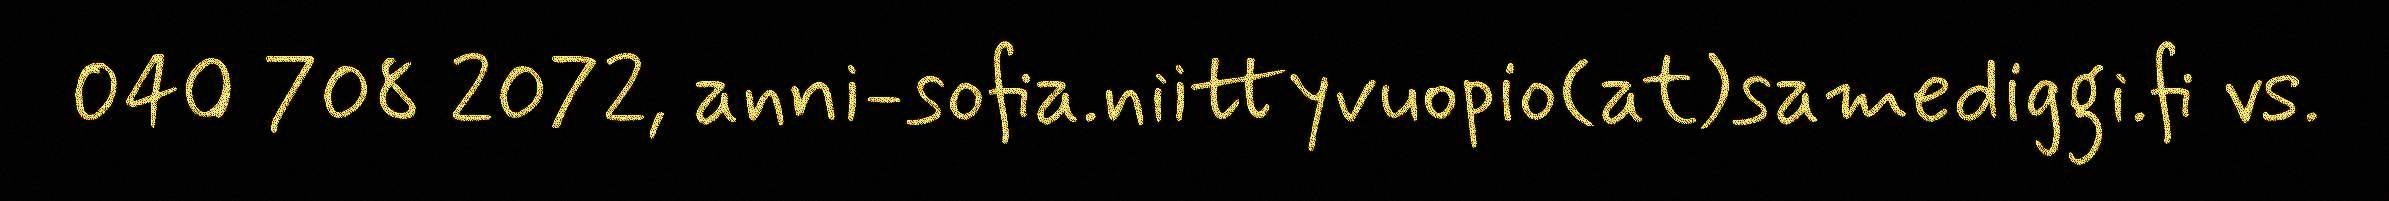
040 708 2072, anni-sofia.niittyvuopio(at)samediggi.fi vs.